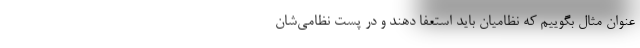
عنوان مثال بگوییم که نظامیان باید استعفا دهند و در پست نظامی‌شان